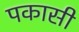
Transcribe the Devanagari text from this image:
पकासी